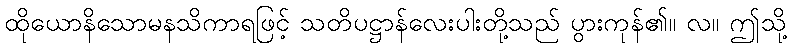
ထိုယောနိသောမနသိကာရဖြင့် သတိပဋ္ဌာန်လေးပါးတို့သည် ပွားကုန်၏။ လ။ ဤသို့